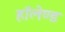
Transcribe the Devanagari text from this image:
हॉलेण्ड